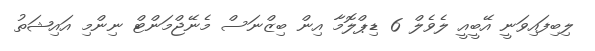
ލިބިފައިވަނީ އޭބީއީ ލެވެލް 6 ޑިޕްލޮމާ އިން ބިޒްނަސް މެނޭޖްމަންޓް ނިންމި އައިޝަތު